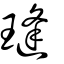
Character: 㻱